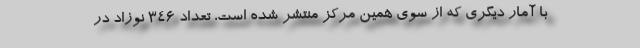
با آمار دیگری که از سوی همین مرکز منتشر شده است، تعداد ۳۴۶ نوزاد در